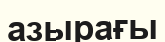
азырағы